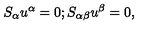
S _ { \alpha } u ^ { \alpha } = 0 ; S _ { \alpha \beta } u ^ { \beta } = 0 ,